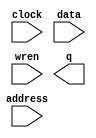
module bigasfuckram (
	address,
	clock,
	data,
	wren,
	q);

	input	[4:0]  address;
	input	  clock;
	input	[26:0]  data;
	input	  wren;
	output	[26:0]  q;
`ifndef ALTERA_RESERVED_QIS
// synopsys translate_off
`endif
	tri1	  clock;
`ifndef ALTERA_RESERVED_QIS
// synopsys translate_on
`endif

endmodule